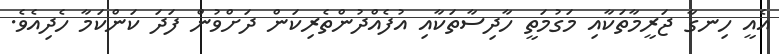
އެއީ ހިނގާ ޖަރީމާތަކާއި މަގުމަތީ ހާދިސާތަކާއި އުފެއްދުންތެރިކަން ދަށްވުން ފަދަ ކަންކަމާ ހެދިއެވެ.